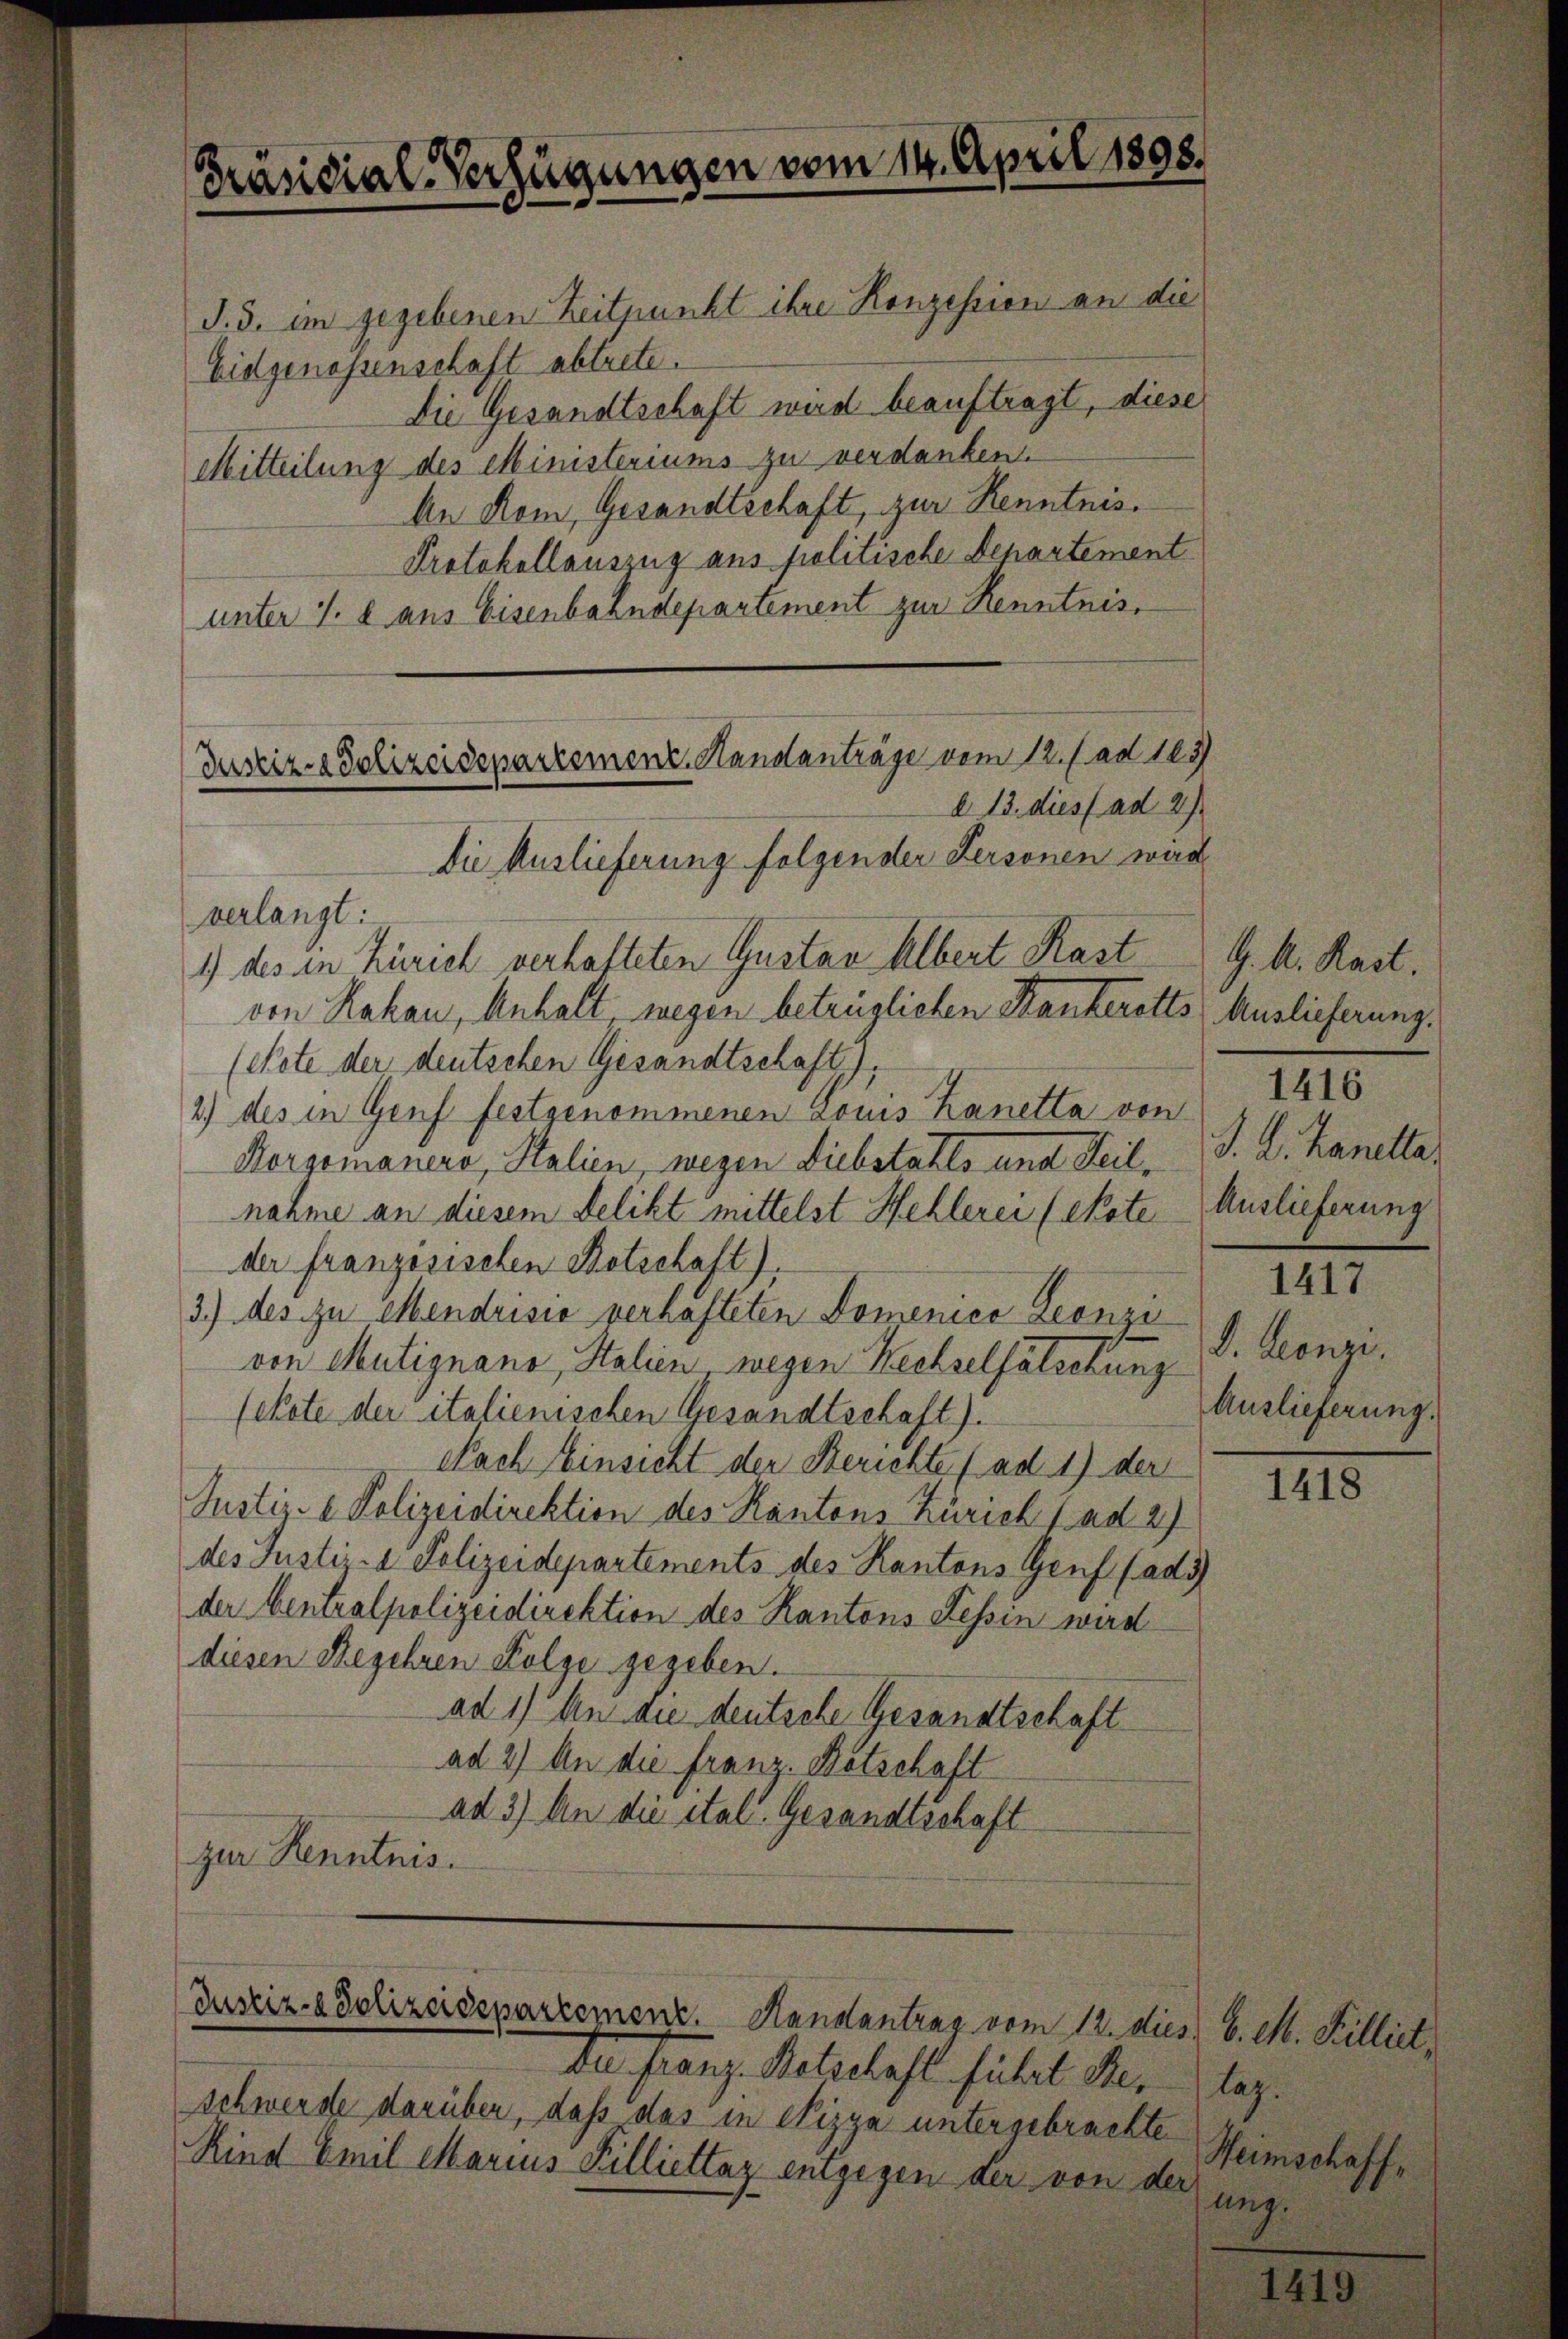
d. 3. im gegebenen Zeitpunkt ihre Konzession an die
Eidgenossenschaft abtrete.
Die Gesandtschaft wird beauftragt, diese
Mitteilung des Ministeriums zu verdanken
An Rom, Gesandtschaft, zur Renntnis¬
Protokollauszug aus politische Departement
unter S. 8 aus Eisenbahndepartement zur Kenntnisverlangt:
1) des in Zürich verhafteten Gustav Albert Rast
von Kakau, Anhalt wegen betrüglichen Rankerotts Auslieferung
(Note der deutschen Gesandtschaft),
2.) des in Genf festgenommenen Louis Kanetta von
Korgomaners, Stalien, wegen Diebstahls und Teilnahme an diesem Delikt mittelst Hehlerei (Note
der französischen Botschaft).
3.) des zu Mendrisie verhafteten Domenico Leonzi
von Mutignano, Stalien wegen Rechselfälschung
(ckote der italienischen Gesandtschaft).
Nach Einsicht der Berichte (ad 1) der
Justiz- & Polizeidirektion des Kantons Zürich ad 2)
des Justi - Polizeidepartements des Kantons Genf (adi
der Centralpolizeidirektion des Kantons Tessin wird
diesen Begehren Folge gegeben.
ad 1) An die deutsche Gesandtschaft
ad 2) An die franz. Botschaft
ad 3) An die ital. Gesandtschaft
zur Kenntnis.

Präsidial-Verfügungen vom 14. April 1898.

Justiz- & Polizeidepartement. Handanträge vom 12. J. ad 183
d 13. dies ad 27
Die Auslieferung folgender Personen war

Justiz- & Polizeidepartement. Handantrag vom 12. dies 6. M. Filliet,

De franz. Bolschaft führt des lag.
schwerde darüber, daß das in Nizza untergebrachte
Kind Emil Marius Pilliettaz entgegen der von der

G. A. Rast.
J. A. Lanella
Auslieferung

1416

1417

S. Konzi
Auslieferung

1418

Heimschaffung.

1419